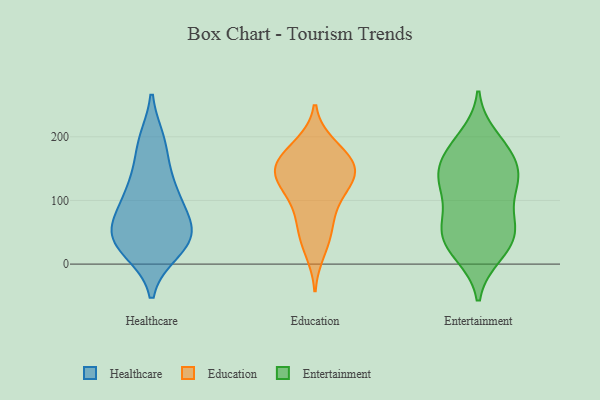
{"axis": {"x": "Inventory Turnover", "y": "Value"}, "legend": ["Education", "Entertainment", "Healthcare"], "data": [{"x": "", "y": 54, "type": "Healthcare"}, {"x": "", "y": 58, "type": "Healthcare"}, {"x": "", "y": 114, "type": "Healthcare"}, {"x": "", "y": 41, "type": "Healthcare"}, {"x": "", "y": 126, "type": "Healthcare"}, {"x": "", "y": 22, "type": "Healthcare"}, {"x": "", "y": 191, "type": "Healthcare"}, {"x": "", "y": 70, "type": "Healthcare"}, {"x": "", "y": 31, "type": "Healthcare"}, {"x": "", "y": 185, "type": "Healthcare"}, {"x": "", "y": 36, "type": "Healthcare"}, {"x": "", "y": 106, "type": "Healthcare"}, {"x": "", "y": 74, "type": "Education"}, {"x": "", "y": 188, "type": "Education"}, {"x": "", "y": 19, "type": "Education"}, {"x": "", "y": 42, "type": "Education"}, {"x": "", "y": 132, "type": "Education"}, {"x": "", "y": 111, "type": "Education"}, {"x": "", "y": 146, "type": "Education"}, {"x": "", "y": 127, "type": "Education"}, {"x": "", "y": 156, "type": "Education"}, {"x": "", "y": 99, "type": "Education"}, {"x": "", "y": 139, "type": "Education"}, {"x": "", "y": 58, "type": "Education"}, {"x": "", "y": 152, "type": "Education"}, {"x": "", "y": 167, "type": "Education"}, {"x": "", "y": 185, "type": "Education"}, {"x": "", "y": 154, "type": "Education"}, {"x": "", "y": 180, "type": "Entertainment"}, {"x": "", "y": 200, "type": "Entertainment"}, {"x": "", "y": 54, "type": "Entertainment"}, {"x": "", "y": 52, "type": "Entertainment"}, {"x": "", "y": 99, "type": "Entertainment"}, {"x": "", "y": 126, "type": "Entertainment"}, {"x": "", "y": 121, "type": "Entertainment"}, {"x": "", "y": 67, "type": "Entertainment"}, {"x": "", "y": 14, "type": "Entertainment"}, {"x": "", "y": 15, "type": "Entertainment"}, {"x": "", "y": 186, "type": "Entertainment"}, {"x": "", "y": 53, "type": "Entertainment"}, {"x": "", "y": 143, "type": "Entertainment"}, {"x": "", "y": 168, "type": "Entertainment"}, {"x": "", "y": 53, "type": "Entertainment"}, {"x": "", "y": 28, "type": "Entertainment"}, {"x": "", "y": 153, "type": "Entertainment"}, {"x": "", "y": 130, "type": "Entertainment"}, {"x": "", "y": 135, "type": "Entertainment"}]}